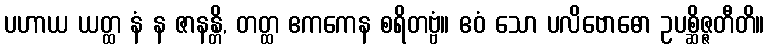
ပဟာယ ယတ္ထ နံ န ဇာနန္တိ, တတ္ထ ဧကကေန စရိတဗ္ဗံ။ ဧဝံ သော ပလိဗောဓော ဥပစ္ဆိဇ္ဇတီတိ။